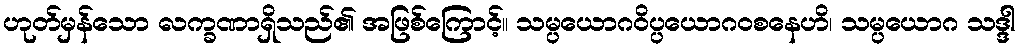
ဟုတ်မှန်သော လက္ခဏာရှိသည်၏ အဖြစ်ကြောင့်။ သမ္ပယောဂဝိပ္ပယောဂဝစနေဟိ၊ သမ္ပယောဂ သဒ္ဒါ